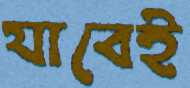
যাবেই